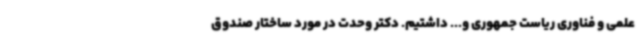
علمی و فناوری ریاست جمهوری و... داشتیم. دکتر وحدت در مورد ساختار صندوق